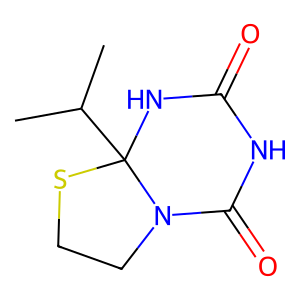
SMILES: CC(C)C12NC(=O)NC(=O)N1CCS2
Inhibits HIV replication: No